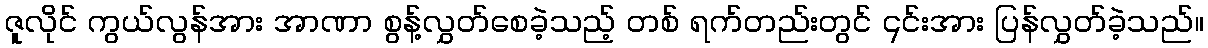
ဇူလိုင် ကွယ်လွန်အား အာဏာ စွန့်လွှတ်စေခဲ့သည့် တစ် ရက်တည်းတွင် ၎င်းအား ပြန်လွှတ်ခဲ့သည်။